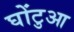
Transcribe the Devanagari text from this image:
घोंटुआ